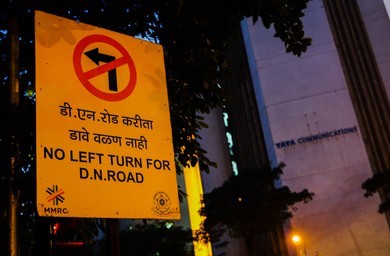
Language: marathi
Transcription: डी. एन. करीत वळण नाही डावे रोड